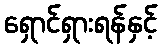
ရှောင်ရှားရန်နှင့်